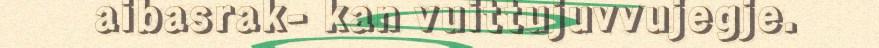
aibasrak- kan vuittujuvvujegje.